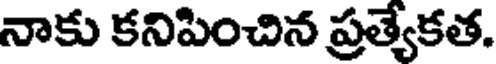
నాకు కనిపించిన ప్రత్యేకత.